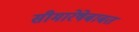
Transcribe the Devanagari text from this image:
सीमारेषेबाबत